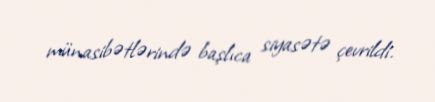
münasibətlərində başlıca siyasətə çevrildi.